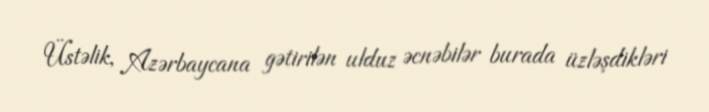
Üstəlik, Azərbaycana gətirilən ulduz əcnəbilər burada üzləşdikləri